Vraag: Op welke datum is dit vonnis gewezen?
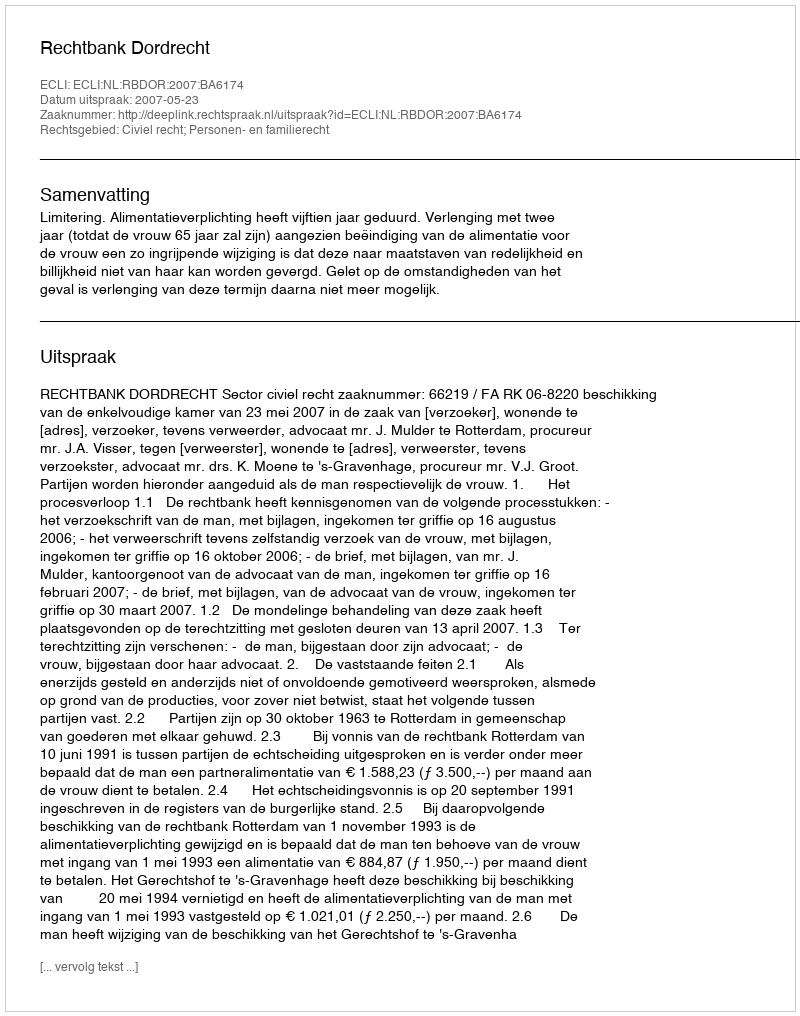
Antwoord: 2007-05-23